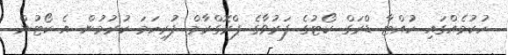
ހުކުމެއްގައި ހުއްޓާ ޑްރަގް ކޯޓުގެ ފަރުވާގެ ޕްރޮގްރާމް ފުރިހަމަ ކުރުމުން އެ ކޯޓުން